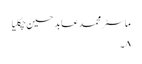
ماسٹر محمد عابد حسین چکلیا
۸۔